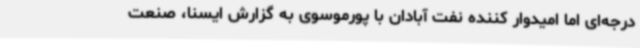
درجه‌ای اما امیدوار کننده نفت آبادان با پورموسوی به گزارش ایسنا، صنعت